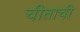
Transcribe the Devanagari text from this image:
चीताची